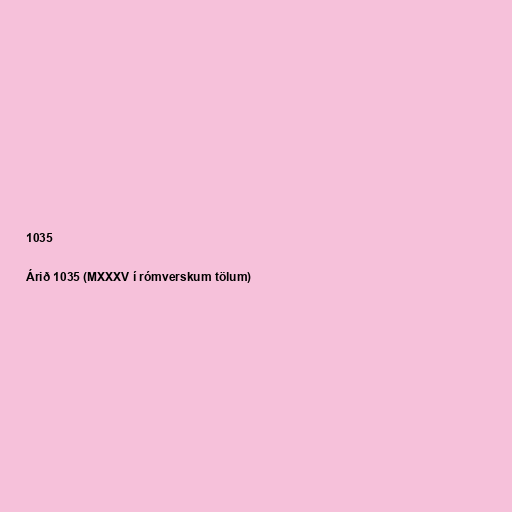
1035

Árið 1035 (MXXXV í rómverskum tölum)